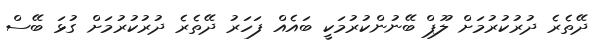
ދޭތެރެ ދުރުކުރުމަށް ލޫޕް ބޭނުންކުރުމަކީ ބައެއް ފަހަރު ދޭތެރެ ދުރުކުރުމަށް ގުޅަ ބޭސް